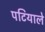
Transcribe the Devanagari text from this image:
पटियाले